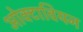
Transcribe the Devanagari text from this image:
ओक्टावियन